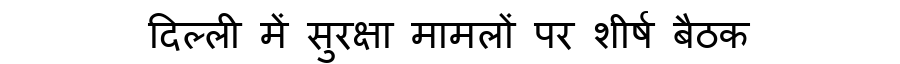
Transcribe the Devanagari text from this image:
दिल्ली में सुरक्षा मामलों पर शीर्ष बैठक